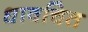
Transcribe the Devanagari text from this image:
धावचित